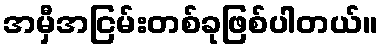
အမှီအငြမ်းတစ်ခုဖြစ်ပါတယ်။